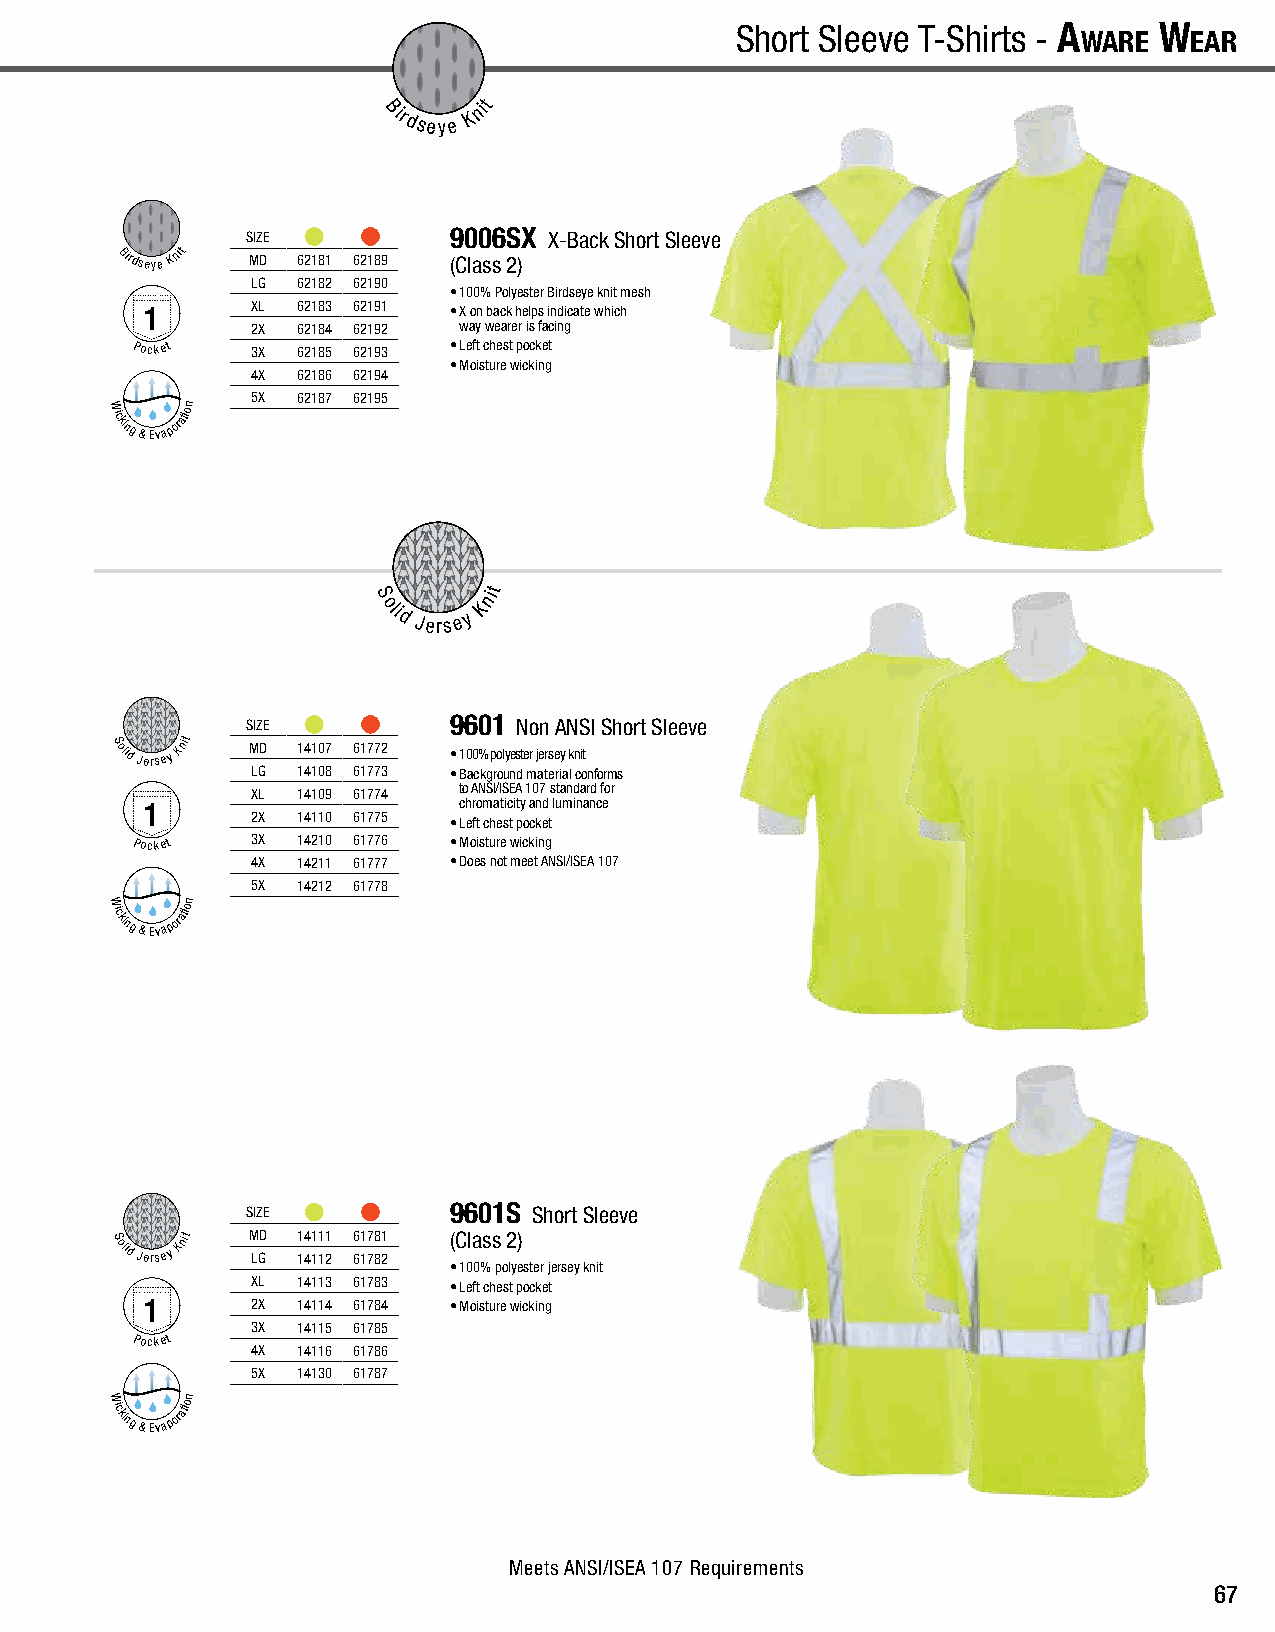
A
 wAre
 w
 eAr
 - Short Sleeve T-Shirts A
 wAre
 w
 eAr
 - T-Shirts | Birdseye Knit Birdseye Knit | T-Shirts - A
 wAre
 w eArShort Sleeve T-Shirts - A
 wAre
 w
 eAr
 Birdseye
 Knit
 SIZE          9006SX X-Back Short Sleeve
 Birdseye Knit MD 62181 62189 (Class 2)
 LG 62182 62190
 • 100% Polyester Birdseye knit mesh
 1       XL 62183 62191 • X on back helps indicate which
 2X 62184 62192 way wearer is facing
 Pocket  3X 62185 62193 • Left chest pocket
 • Moisture wicking
 4X 62186 62194
 5X 62187 62195
 W
 icking
 &
 Evaporation
 S
 nit
 olid
 Jers e y
 K
 SIZE          9601 Non ANSI Short Sleeve
 Solid
 Jersey
 Knit MD 14107 61772
 • 100% polyester jersey knit
 LG 14108 61773 • Background material conforms
 XL 14109 61774 to ANSI/ISEA 107 standard for
 1                    chromaticity and luminance
 2X 14110 61775 • Left chest pocket
 Pocket  3X 14210 61776 • Moisture wicking
 4X 14211 61777 • Does not meet ANSI/ISEA 107
 5X 14212 61778
 W
 icking
 &
 Evaporation
 SIZE          9601S Short Sleeve
 Solid
 Jersey
 Knit M LGD 1 14 41 11 11
 2
 6 61 17 78 81
 2
 (Class 2)
 • 100% polyester jersey knit
 XL 14113 61783 • Left chest pocket
 1       2X 14114 61784 • Moisture wicking
 3X 14115 61785
 Pocket
 4X 14116 61786
 5X 14130 61787
 W
 icking
 &
 Evaporation
 Meets ANSI/ISEA 107 Requirements
 67